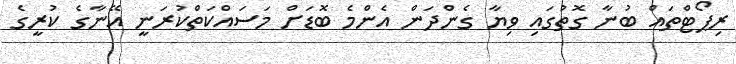
ރިޕޯޓްތައް ބުނާ ގޮތުގައި ވިޔާ ގެންދަން އެންމެ ބޮޑަށް މަސައްކަތްކުރަނީ އޭނާގެ ކުރީގެ